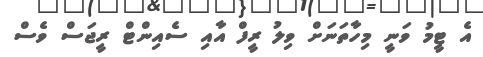
އެ ޓީމު ވަނީ މިހާތަނަށް ވިލު ރީފް އާއި ސެއިންޓް ރީޖަސް ވެސް